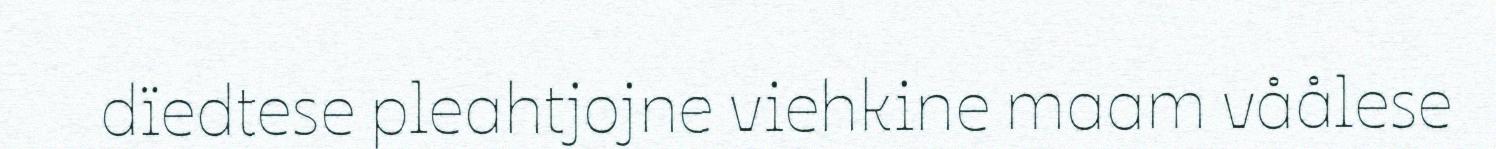
dïedtese pleahtjojne viehkine maam våålese